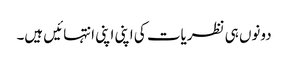
دونوں ہی نظریات کی اپنی اپنی انتہائیں ہیں۔